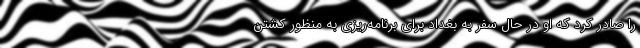
را صادر کرد که او در حال سفر به بغداد برای برنامه‌ریزی به منظور کشتن